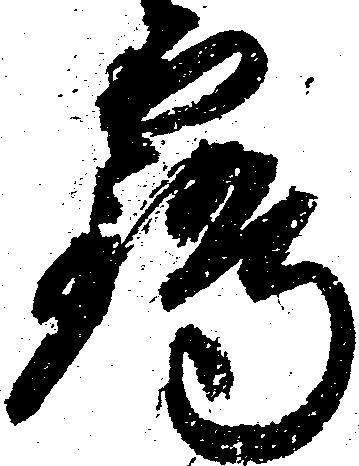
鶴